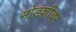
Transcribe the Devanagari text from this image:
मोडशीवर